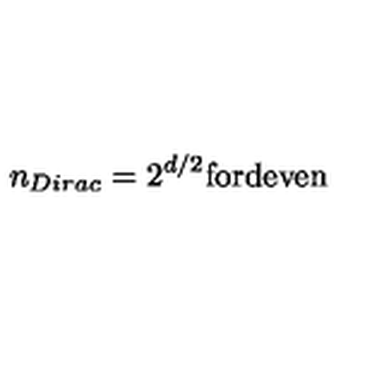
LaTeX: n _ { D i r a c } = 2 ^ { d / 2 } \mathrm { f o r d e v e n }